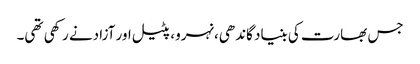
جس بھارت کی بنیاد گاندھی،نہرو، پٹیل اور آزادنے رکھی تھی۔